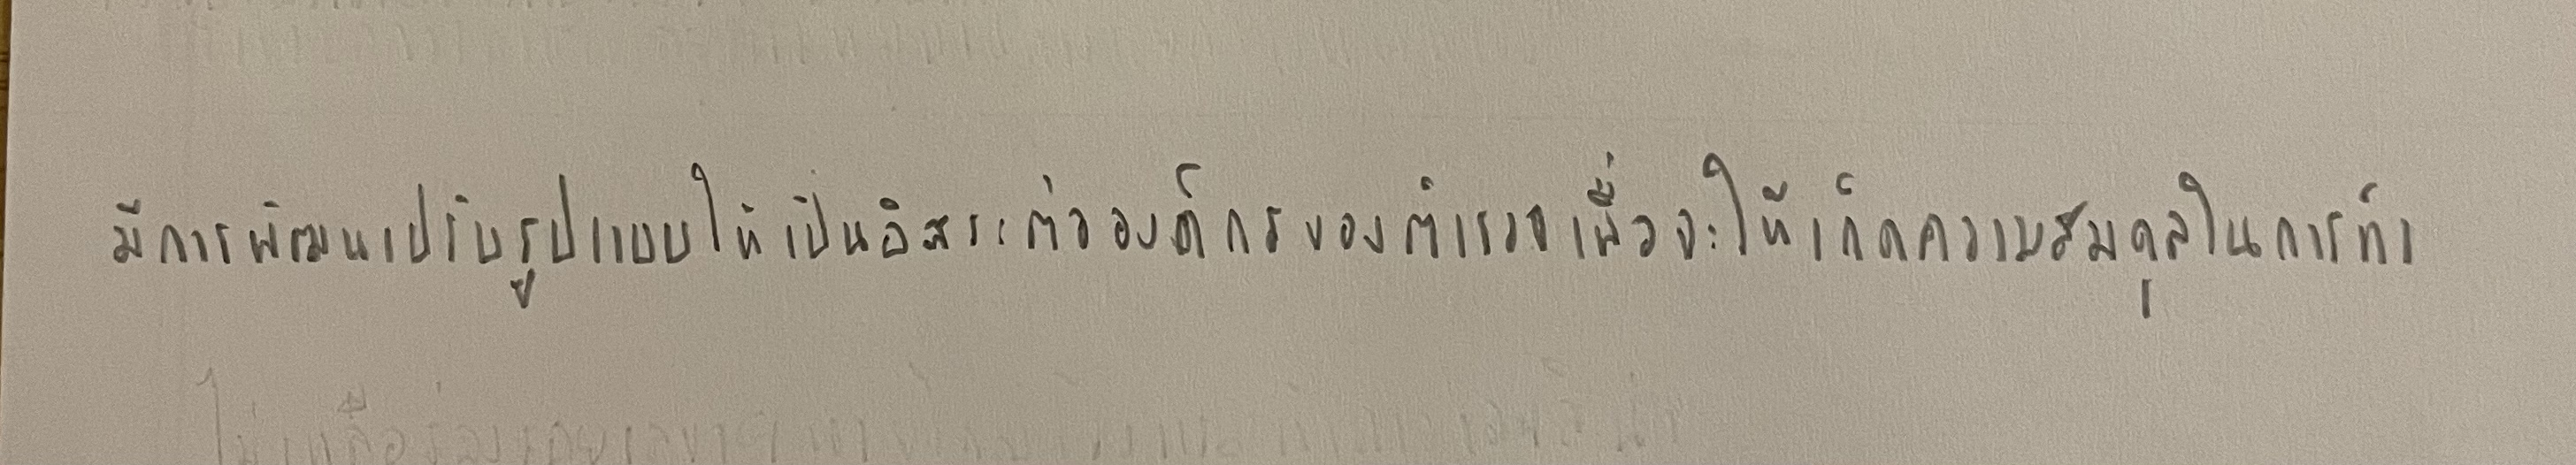
มีการพัฒนาปรับรูปแบบให้เป็นอิสระต่อองค์กรของตำรวจเพื่อจะให้เกิดความสมดุลในการทำ